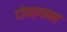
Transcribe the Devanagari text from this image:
दांपत्याना